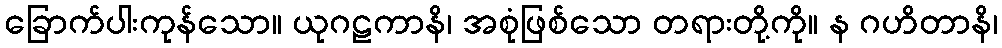
ခြောက်ပါးကုန်သော။ ယုဂဠကာနိ၊ အစုံဖြစ်သော တရားတို့ကို။ န ဂဟိတာနိ၊